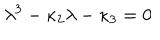
LaTeX: \lambda ^ { 3 } - \kappa _ { 2 } \lambda - \kappa _ { 3 } = 0